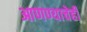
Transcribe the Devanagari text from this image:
आणण्याचेही